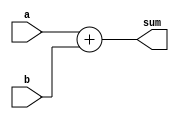
module adder
#(parameter W = 32) (input wire [W-1:0] a,b,
							output wire [W-1:0] sum);
		assign sum = a + b;
endmodule